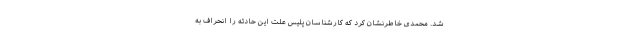
شد. محمدی خاطرنشان کرد که کارشناسان پلیس علت این حادثه را انحراف به